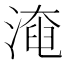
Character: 𣼜